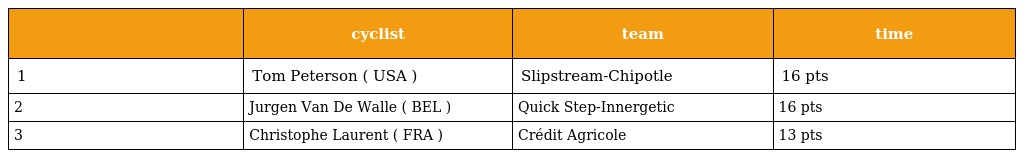
|  | cyclist | team | time |
 | --- | --- | --- | --- |
 | 1 | Tom Peterson ( USA ) | Slipstream-Chipotle | 16 pts |
 | 2 | Jurgen Van De Walle ( BEL ) | Quick Step-Innergetic | 16 pts |
 | 3 | Christophe Laurent ( FRA ) | Crédit Agricole | 13 pts |